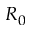
R _ { 0 }